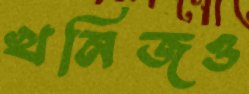
খনিজও